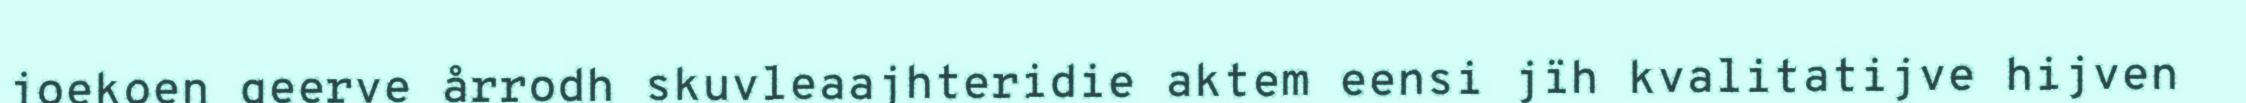
joekoen geerve årrodh skuvleaajhteridie aktem eensi jïh kvalitatijve hijven